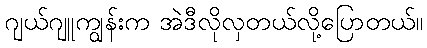
ဂျယ်ဂျူကျွန်းက အဲဒီလိုလှတယ်လို့ပြောတယ်။